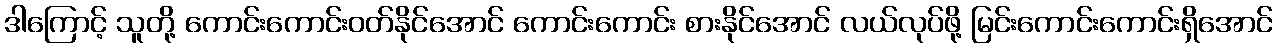
ဒါကြောင့် သူတို့ ကောင်းကောင်းဝတ်နိုင်အောင် ကောင်းကောင်း စားနိုင်အောင် လယ်လုပ်ဖို့ မြင်းကောင်းကောင်းရှိအောင်